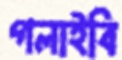
গলাইবি